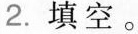
2.填空。